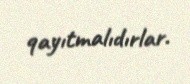
qayıtmalıdırlar.